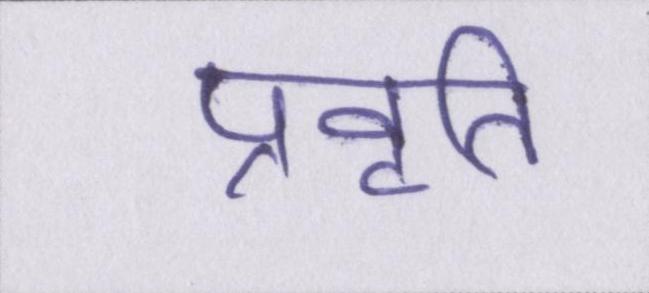
प्रवृति